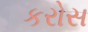
કરોસ